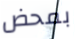
بمحض